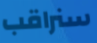
سنراقب